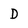
Character: D